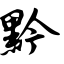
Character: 黔